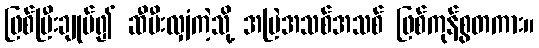
ဖြစ်ပြီးချုပ်၍ ဆီမီးလျှံကဲ့သို့ အမြဲအသစ်အသစ် ဖြစ်ကုန်စွတကား။